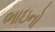
ભાઇનો